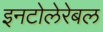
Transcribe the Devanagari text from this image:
इनटोलेरेबल